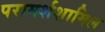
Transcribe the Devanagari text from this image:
परामर्शशामिल